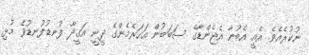
ނުކުރެއެވެ. އެއީ އެބުނާ އެޖެންޑާގެ ސަބަބުން އަހަރެމެންގެ ދީނީ އަގީދާ ފުނޑުފުނޑުވެ މުޅި